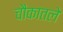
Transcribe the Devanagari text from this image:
चौकातले